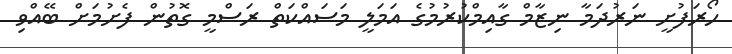
ހޯރަފުށީ ނަރުދަމާ ނިޒާމް ގާއިމްކުރުމުގެ އަމަލީ މަސައްކަތް ރަސްމީ ގޮތުން ފެށުމަށް ބޭއްވި